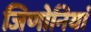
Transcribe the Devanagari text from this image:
जिणोनियां